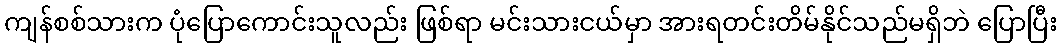
ကျန်စစ်သားက ပုံပြောကောင်းသူလည်း ဖြစ်ရာ မင်းသားငယ်မှာ အားရတင်းတိမ်နိုင်သည်မရှိဘဲ ပြောပြီး